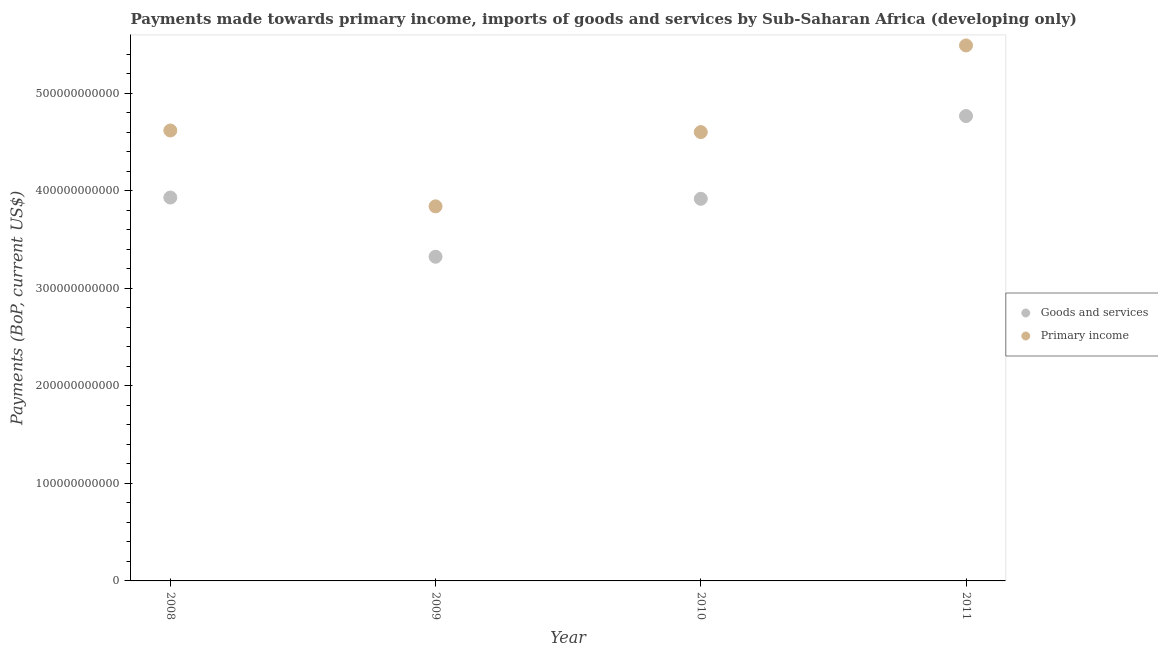
| Year | Goods and services | Primary income |
 | --- | --- | --- |
 | 2008 | 3.93e+11 | 4.62e+11 |
 | 2009 | 3.32e+11 | 3.84e+11 |
 | 2010 | 3.92e+11 | 4.6e+11 |
 | 2011 | 4.76e+11 | 5.49e+11 |